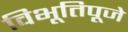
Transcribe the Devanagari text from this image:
विभूतिपूजे